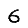
Digit: 6